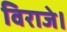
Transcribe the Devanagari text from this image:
विराजे।